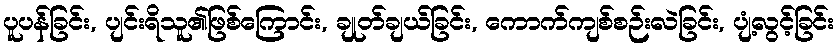
ပူပန်ခြင်း, ပျင်းရိသူ၏ဖြစ်ကြောင်း, ချုတ်ချယ်ခြင်း, ကောက်ကျစ်စဉ်းလဲခြင်း, ပျံ့လွင့်ခြင်း